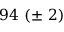
9 4 \ ( \pm \ 2 )